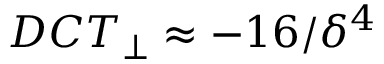
D C T _ { \perp } \approx - 1 6 / \delta ^ { 4 }